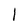
Character: l